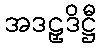
အဒဠှဒိဋ္ဌီ